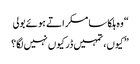
“ وہ ہلکا سا مسکراتے ہوئے بولی
” کیوں، تمہیں ڈر کیوں نہیں لگا؟